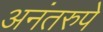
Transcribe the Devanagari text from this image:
अनंतरुपे